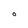
Character: O